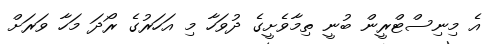
އެ މިނިސްޓްރީން ބުނީ ތިމާވެށީގެ ދުވަހާ މި އަހަރުގެ ރޯދަ މަހާ ވަރަށް